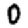
Digit: 0